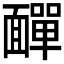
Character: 𩉁